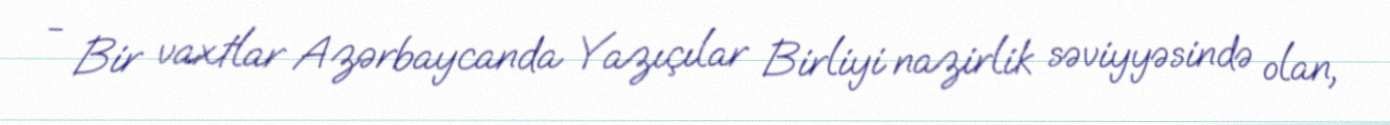
- Bir vaxtlar Azərbaycanda Yazıçılar Birliyi nazirlik səviyyəsində olan,